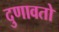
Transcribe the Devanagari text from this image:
दुणावतो